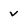
Character: v